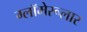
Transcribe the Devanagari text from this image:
ग्लॉमेरूलार